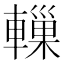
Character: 轈